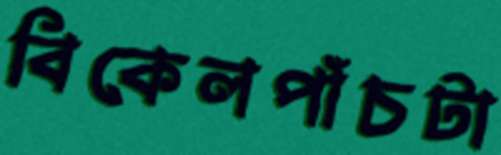
বিকেলপাঁচটা